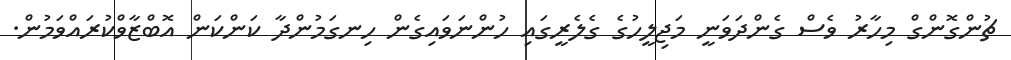
ޗުންގޮންގް މިހާރު ވެސް ގެންދަވަނީ މަޖިލީހުގެ ގެލެރީގައި ހުންނަވައިގެން ހިނގަމުންދާ ކަންކަން އޮބްޒާވްކުރައްވަމުން.